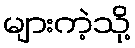
များကဲ့သို့